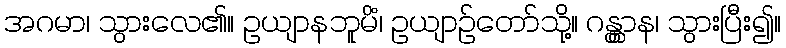
အဂမာ၊ သွားလေ၏။ ဥယျာနဘူမိံ၊ ဥယျာဉ်တော်သို့။ ဂန္တွာန၊ သွားပြီး၍။